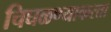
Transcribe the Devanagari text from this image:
चिघळण्याकरता